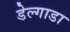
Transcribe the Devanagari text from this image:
डेल्गाडा